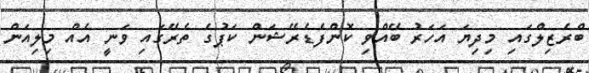
ބްރެޒިލްގައި މިދިޔަ އަހަރު ބޭއްވި ކޮންފެޑެރޭޝަން ކަޕުގެ ތެރޭގައި ވަނީ އެއް މިލިއަން